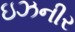
ઇઝનીર